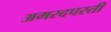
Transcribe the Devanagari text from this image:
अमरदपस्ती